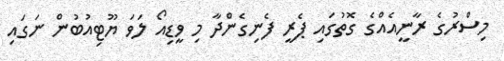
މިސްރުގެ ރާނީއެއްގެ ގޮތުގައި ޕެރީ ފެނިގެންދާ މި ވީޑިއޯ ލަވަ ޔޫޓިއުބުން ނަގައި